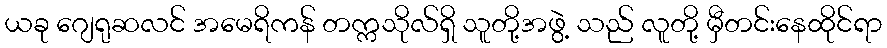
ယခု ဂျေရုဆလင် အမေရိကန် တက္ကသိုလ်ရှိ သူတို့အဖွဲ့ သည် လူတို့ မှီတင်းနေထိုင်ရာ